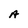
Character: A